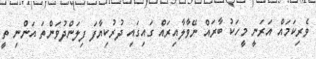
ވެރިކަމައް އަރަނީ މީހަކު ބާރައް ނޭވާލާއިރައް ގައިގައި ދުރުކިޔާފަ ފިލަންދުވަންތަ އަންނި ތީ